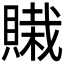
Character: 𰷊